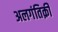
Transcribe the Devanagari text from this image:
अलगंतिक़ी